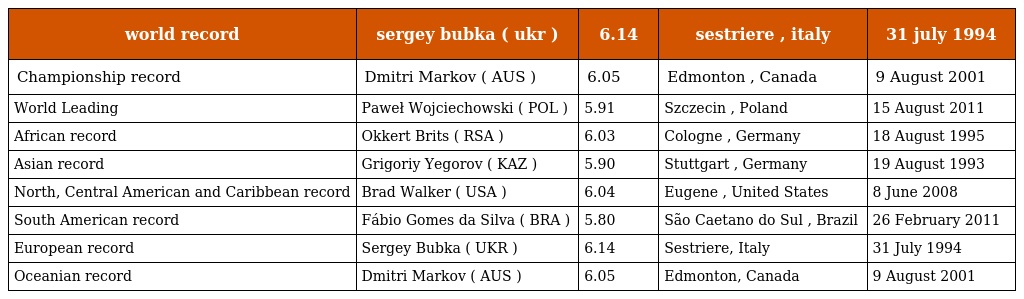
| world record | sergey bubka ( ukr ) | 6.14 | sestriere , italy | 31 july 1994 |
 | --- | --- | --- | --- | --- |
 | Championship record | Dmitri Markov ( AUS ) | 6.05 | Edmonton , Canada | 9 August 2001 |
 | World Leading | Paweł Wojciechowski ( POL ) | 5.91 | Szczecin , Poland | 15 August 2011 |
 | African record | Okkert Brits ( RSA ) | 6.03 | Cologne , Germany | 18 August 1995 |
 | Asian record | Grigoriy Yegorov ( KAZ ) | 5.90 | Stuttgart , Germany | 19 August 1993 |
 | North, Central American and Caribbean record | Brad Walker ( USA ) | 6.04 | Eugene , United States | 8 June 2008 |
 | South American record | Fábio Gomes da Silva ( BRA ) | 5.80 | São Caetano do Sul , Brazil | 26 February 2011 |
 | European record | Sergey Bubka ( UKR ) | 6.14 | Sestriere, Italy | 31 July 1994 |
 | Oceanian record | Dmitri Markov ( AUS ) | 6.05 | Edmonton, Canada | 9 August 2001 |